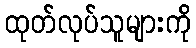
ထုတ်လုပ်သူများကို